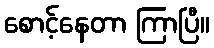
စောင့်နေတာ ကြာပြီ။